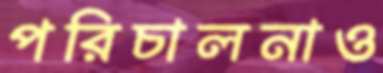
পরিচালনাও